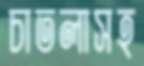
চাতলাসহ